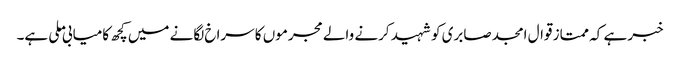
خبر ہے کہ ممتاز قوال امجد صابری کو شہید کرنے والے مجرموں کا سراخ لگانے میں کچھ کامیابی ملی ہے۔